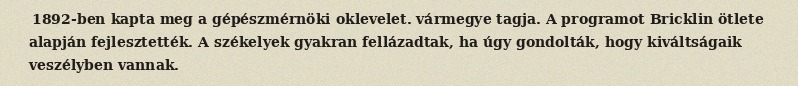
1892-ben kapta meg a gépészmérnöki oklevelet. vármegye tagja. A programot Bricklin ötlete alapján fejlesztették. A székelyek gyakran fellázadtak, ha úgy gondolták, hogy kiváltságaik veszélyben vannak.